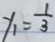
y _ { 1 } = \frac { 1 } { 3 }